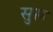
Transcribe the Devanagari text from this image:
सुरू